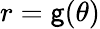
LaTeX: r=\mathsf{g}(\theta)